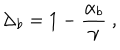
\Delta _ { b } = 1 - \frac { \alpha _ { b } } { \gamma } \ ,